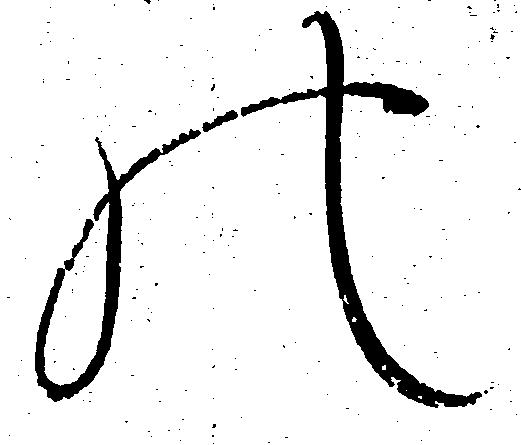
の